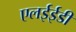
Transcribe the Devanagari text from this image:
एलईईडी